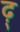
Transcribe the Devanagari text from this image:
ढ़्